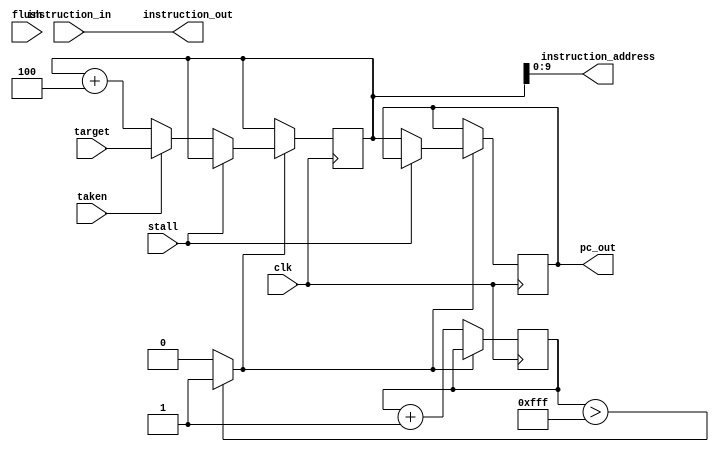

module Fetch(
        input clk,
        input stall,
        output wire [9:0] instruction_address,
        output reg [31:0] pc_out,

        input [31:0] target,
        input [0:0]  taken,
        input [31:0] instruction_in,
        input flush,
        output reg [31:0] instruction_out
);
        reg [31:0] pc_next;
        reg [31:0] pc;
        reg [31:0] count = 0;
        reg start = 0;

        initial begin 
                pc              <= 32'h00000314;
                pc_out          <= 32'h0000314;
                instruction_out <= 32'b0;

        end

        assign instruction_address = pc[9:0];

        always @ (posedge clk) begin
                if (!start) begin
                        count <= count + 1;
                end else if (!stall) begin
                        pc <= pc_next;
                        //pc_out_fe2 <= pc;
                        pc_out <= pc;
                end
        end

        always @ (*) begin
                if (count > 32'h00000FFF) begin
                        start <= 1;
                end else begin
                        start <= 0;
                end
        end

        always @ (*) begin
                if (taken) begin
                        pc_next <= target;
                end else begin
                        pc_next <= pc + 4;
                end
                instruction_out <= instruction_in;
        end
endmodule